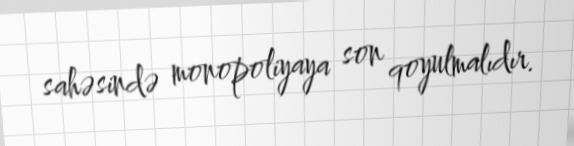
sahəsində monopoliyaya son qoyulmalıdır.